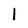
Character: l